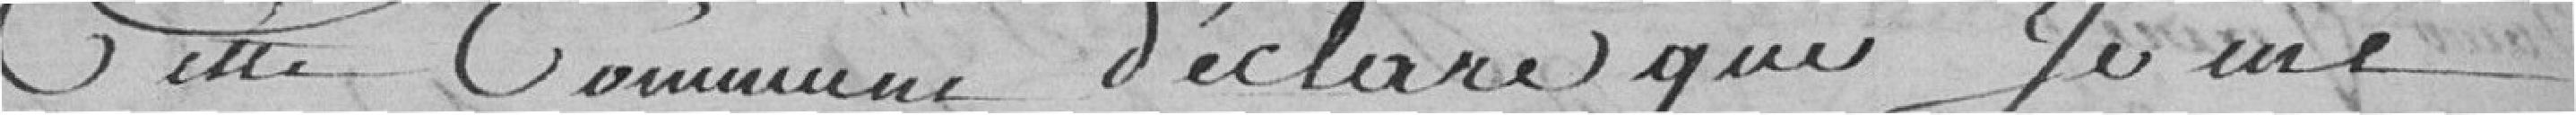
cette commune déclare que je me